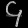
Digit: ၄